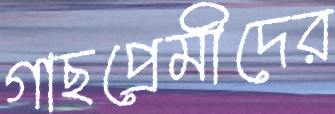
গাছপ্রেমীদের